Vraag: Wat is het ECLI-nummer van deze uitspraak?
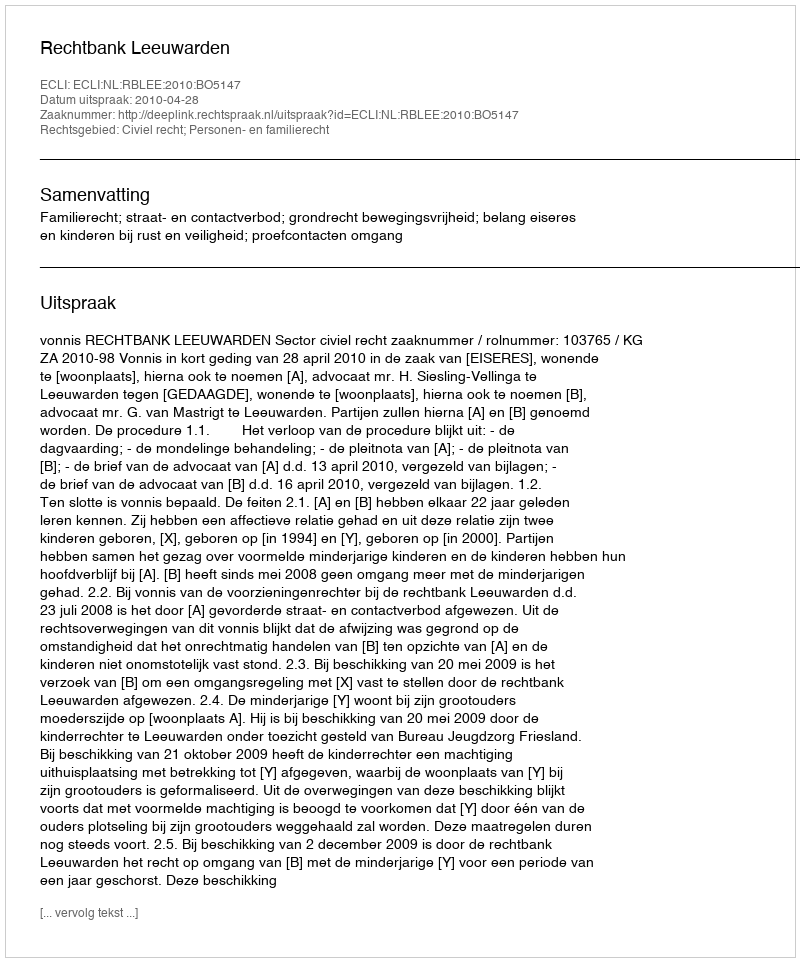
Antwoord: ECLI:NL:RBLEE:2010:BO5147